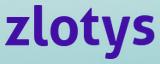
zlotys